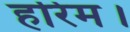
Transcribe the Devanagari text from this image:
हरिम।